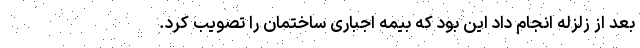
بعد از زلزله انجام داد این بود که بیمه اجباری ساختمان را تصویب کرد.